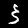
Label: 3